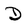
Character: D